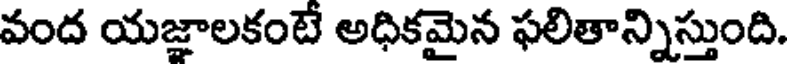
వంద యజ్ఞాలకంటే అధికమైన ఫలితాన్నిస్తుంది.